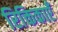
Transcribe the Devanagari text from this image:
रिक्तिकाएँ